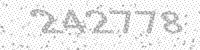
Solution: 242778